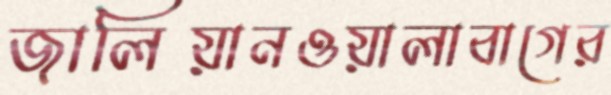
জালিয়ানওয়ালাবাগের